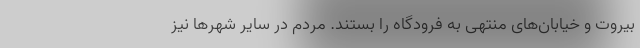
بیروت و خیابان‌های منتهی به فرودگاه را بستند. مردم در سایر شهرها نیز